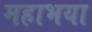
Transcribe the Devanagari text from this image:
महाभया